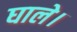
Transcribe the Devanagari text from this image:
घाले।